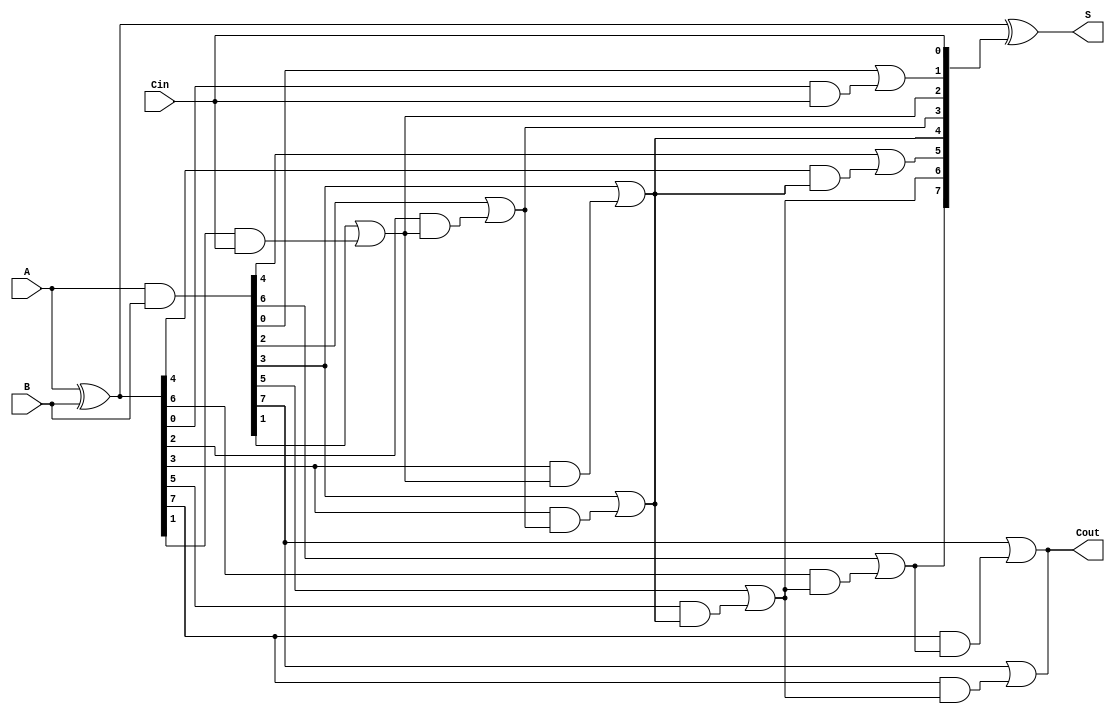
module SklanskyAdder #(parameter N = 8) (
    input  [N-1:0] A,      // First n-bit input
    input  [N-1:0] B,      // Second n-bit input
    input          Cin,     // Carry-in
    output [N-1:0] S,      // n-bit sum output
    output         Cout     // Carry-out
);

    // Generate and Propagate signals
    wire [N-1:0] G; // Generate signals
    wire [N-1:0] P; // Propagate signals
    wire [N:0] C;   // Carry signals

    // Generate and Propagate calculations
    assign G = A & B;         // G[i] = A[i] & B[i]
    assign P = A ^ B;         // P[i] = A[i] ^ B[i]

    // Carry calculation using Sklansky method
    assign C[0] = Cin;        // Initial carry-in

    genvar i, j;
    // Level 1: Pairwise carry generation
    generate
        for (i = 0; i < N; i = i + 2) begin : level1
            if (i + 1 < N) begin
                assign C[i + 1] = G[i] | (P[i] & C[i]);
                assign C[i + 2] = G[i + 1] | (P[i + 1] & C[i]);
            end
        end
    endgenerate

    // Level 2: Carry generation for groups of 4
    generate
        for (i = 0; i < N; i = i + 4) begin : level2
            if (i + 3 < N) begin
                assign C[i + 3] = G[i + 2] | (P[i + 2] & C[i + 2]);
                assign C[i + 4] = G[i + 3] | (P[i + 3] & C[i + 3]);
            end
        end
    endgenerate

    // Level 3: Carry generation for groups of 8
    generate
        for (i = 0; i < N; i = i + 8) begin : level3
            if (i + 7 < N) begin
                assign C[i + 7] = G[i + 6] | (P[i + 6] & C[i + 6]);
                assign C[i + 8] = G[i + 7] | (P[i + 7] & C[i + 7]);
            end
        end
    endgenerate

    // Sum calculation
    assign S = P ^ C[N-1:0]; // S[i] = P[i] ^ C[i]

    // Final carry-out
    assign Cout = C[N]; // Final carry-out

endmodule